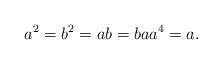
LaTeX: \begin{align*}a^{2}=b^{2}=ab=baa^{4}=a.\end{align*}